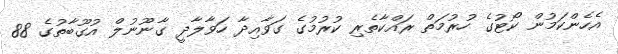
އެހެންކަމުން ކޯޓުގެ ހުރުމަތް ރައްކާތެރި ކުރުމުގެ ގަވާއިދާ ހަވާލާދީ ގާނޫނުލް އުގޫބާތުގެ 88